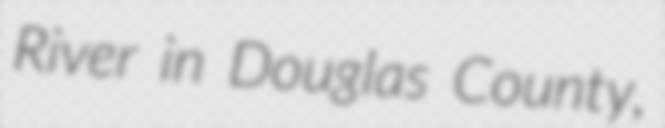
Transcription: River in Douglas County,